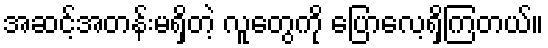
အဆင့်အတန်းမရှိတဲ့ လူတွေကို ပြောလေ့ရှိကြတယ်။